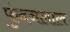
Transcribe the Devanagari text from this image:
फुंदनलाल